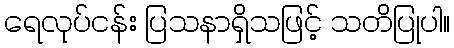
ရေလုပ်ငန်း ပြသနာရှိသဖြင့် သတိပြုပါ။